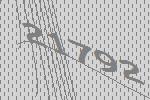
21792